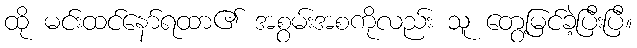
ထို မင်းထင်နော်ရထာ၏ အစွမ်းအစကိုလည်း သူ တွေ့မြင်ခဲ့ပြီးပြီ။